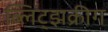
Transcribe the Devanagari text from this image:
ब्लिट्झक्रीग